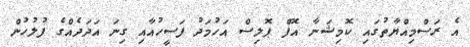
އެ ރަސްމިއްޔާތުގައި ކޮމިޝަނާ އޮފް ޕޮލިސް އަހުމަދު ފަސީހުއާއި ގިނަ އަދަދެއްގެ ފުލުހުން